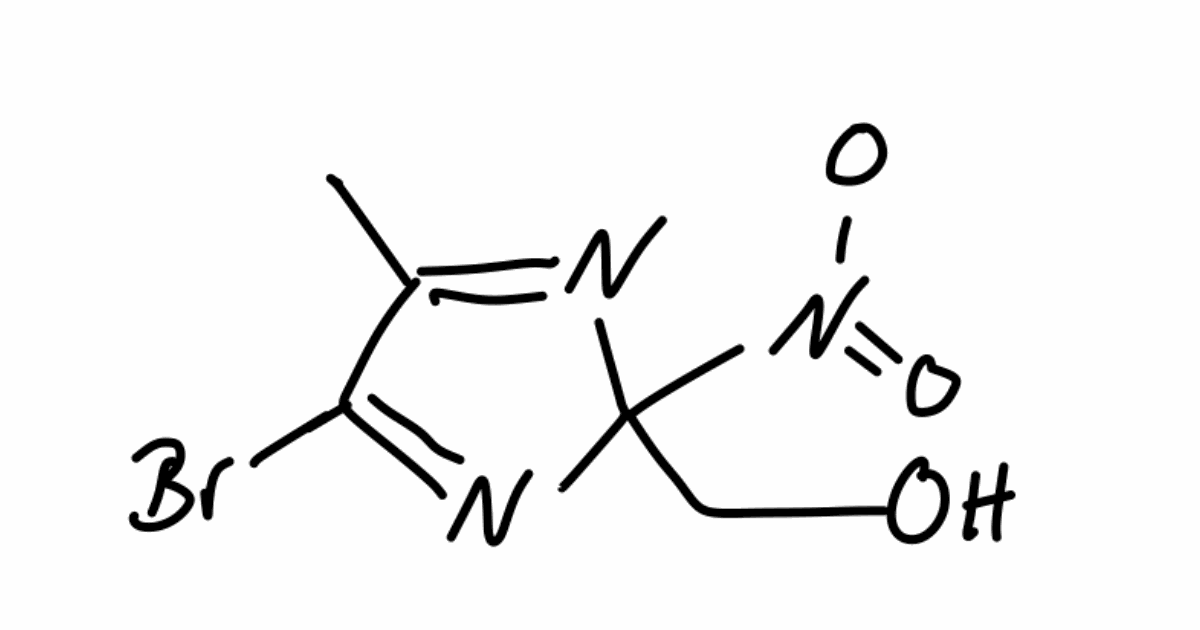
Simplified molecular-input line-entry system (SMILES) notation of the given molecule:
CC1=NC(N=C1Br)(CO)[N+](=O)[O-]